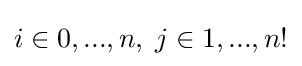
i\in {0,...,n},\;j\in {1,...,n!}